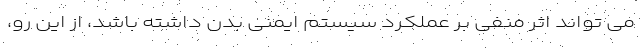
می تواند اثر منفی بر عملکرد سیستم ایمنی بدن داشته باشد، از این رو،